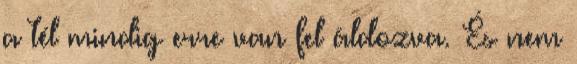
a tél mindig erre van fel áldozva. És nem